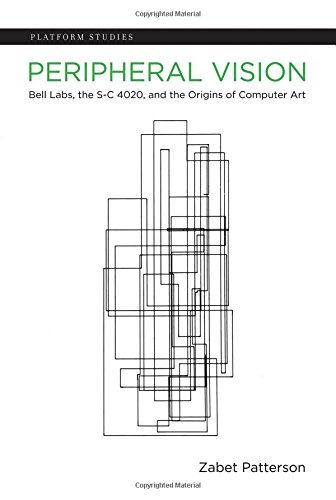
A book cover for Peripheral Vision: Bell Labs, the S-C 4020, and the Origins of Computer Art (Platform Studies); Zabet Patterson; Computers & Technology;